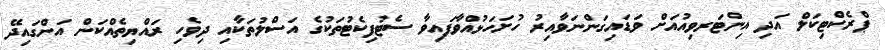
ޕްރެކްޓިކަލް އަދި އިންޓަރވިއުއަށް ވަޑައިގަންނަވާއިރު ހުށަހަޅުއްވާފައިވާ ސެޓުފިކެޓުތަކުގެ އަސްލުތަކާއި ދިވެހި ރައްޔިތެއްކަން އަންގައިދޭ